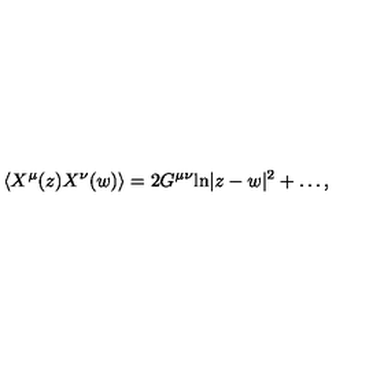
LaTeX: \langle X ^ { \mu } ( z ) X ^ { \nu } ( w ) \rangle = 2 G ^ { \mu \nu } \mathrm { l n } | z - w | ^ { 2 } + \dots ,